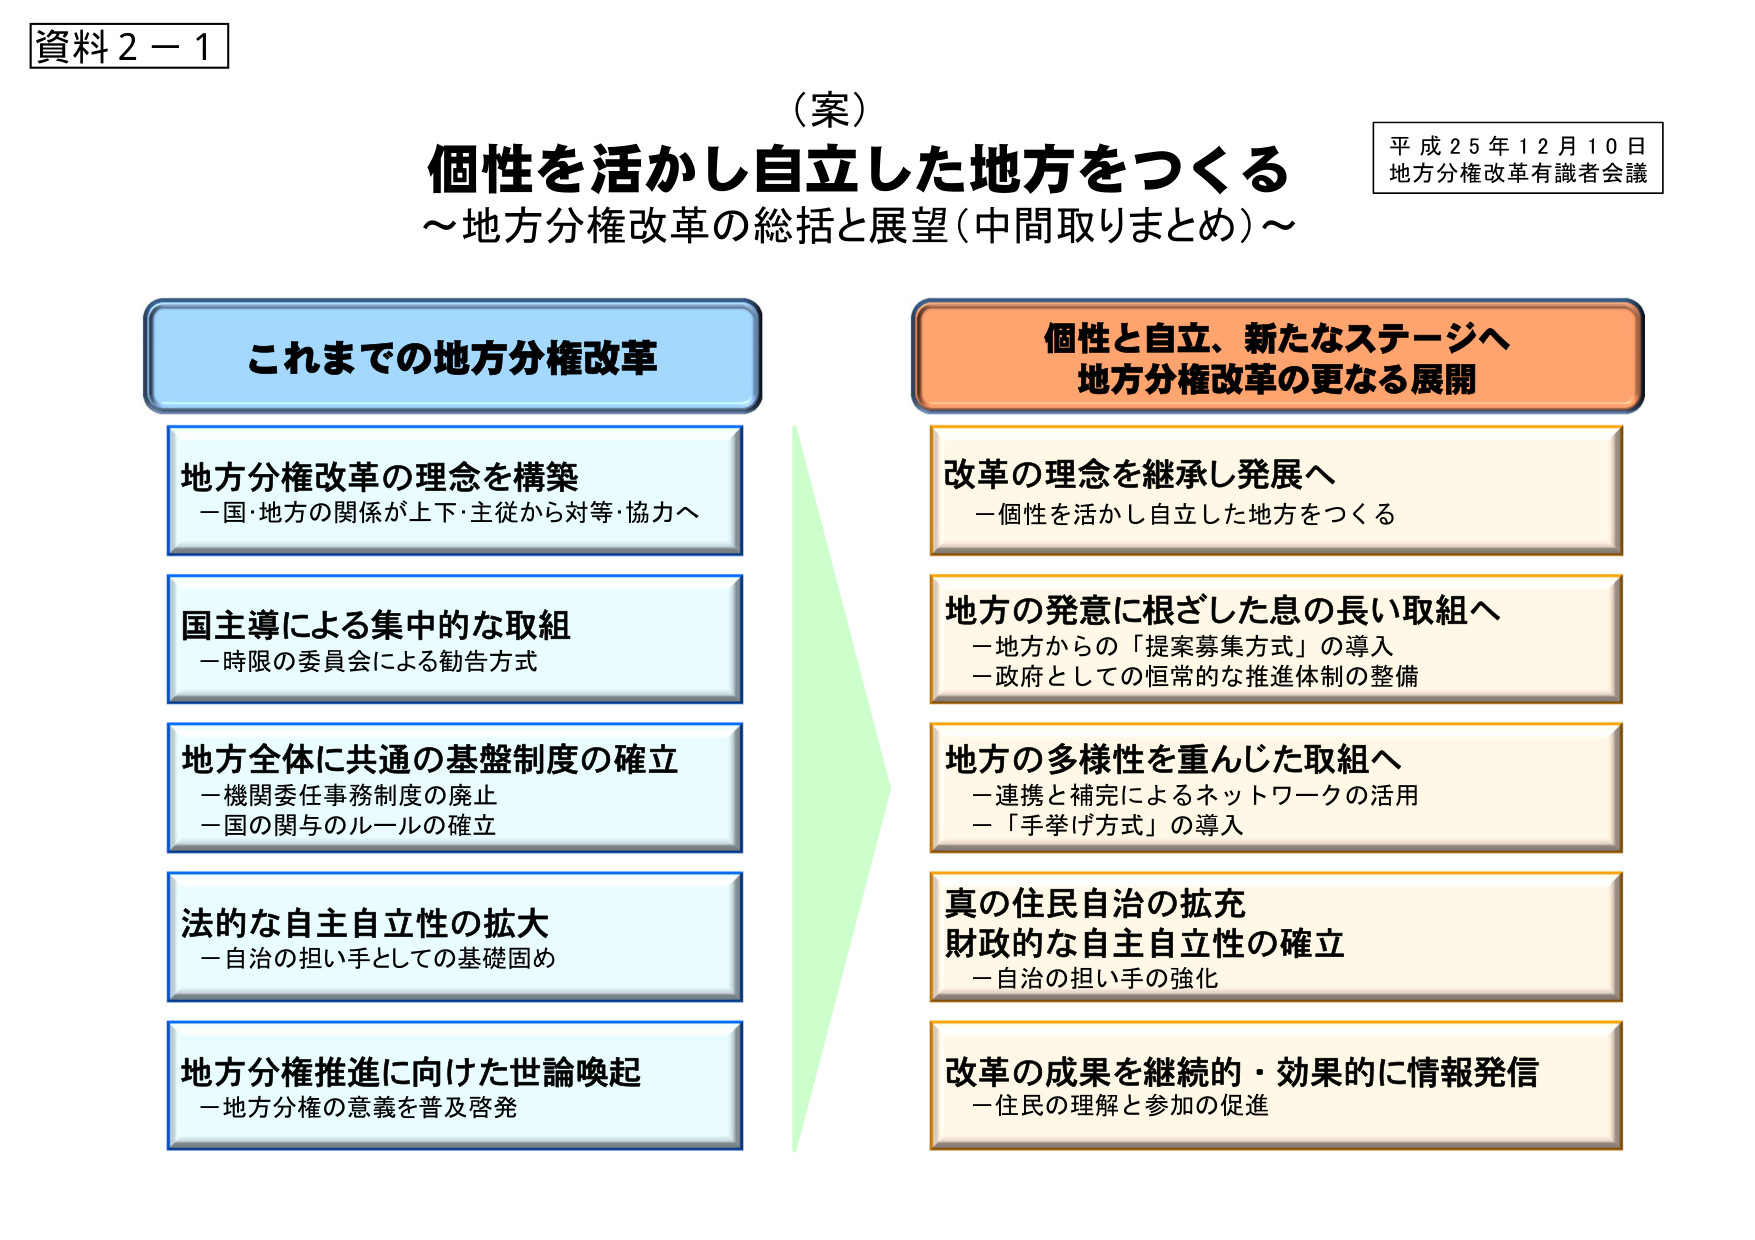
資料２－１

（案）
個性を活かし自立した地方をつくる
～地方分権改革の総括と展望（中間取りまとめ）～

平成２５年１２月１０日
地方分権改革有識者会議

これまでの地方分権改革

地方分権改革の理念を構築
－国・地方の関係が上下・主従から対等・協力へ

国主導による集中的な取組
－時限の委員会による勧告方式

地方全体に共通の基盤制度の確立
－機関委任事務制度の廃止
－国の関与のルールの確立

法的な自主自立性の拡大
－自治の担い手としての基礎固め

地方分権推進に向けた世論喚起
－地方分権の意義を普及啓発

個性と自立、新たなステージへ
地方分権改革の更なる展開

改革の理念を継承し発展へ
－個性を活かし自立した地方をつくる

地方の発意に根ざした息の長い取組へ
－地方からの「提案募集方式」の導入
－政府としての恒常的な推進体制の整備

地方の多様性を重んじた取組へ
－連携と補完によるネットワークの活用
－「手挙げ方式」の導入

真の住民自治の拡充
財政的な自主自立性の確立
－自治の担い手の強化

改革の成果を継続的・効果的に情報発信
－住民の理解と参加の促進